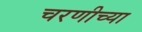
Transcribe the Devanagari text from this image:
चरणीच्या